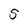
Character: S